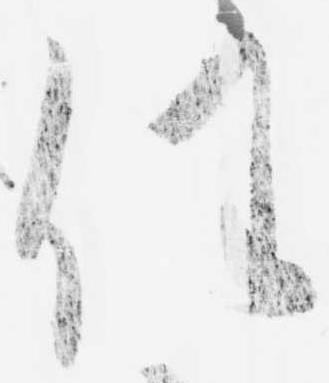
任